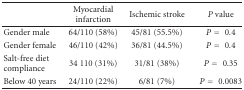
<table><thead><tr><td></td><td><b>Myocardial infarction</b></td><td><b>Ischemic stroke</b></td><td><b><i>P</i> value</b></td></tr></thead><tbody><tr><td>Gender male</td><td>64/110 (58%)</td><td>45/81 (55.5%)</td><td><i>P</i> = 0.4</td></tr><tr><td>Gender female</td><td>46/110 (42%)</td><td>36/81 (44.5%)</td><td><i>P</i> = 0.4</td></tr><tr><td>Salt-free diet compliance</td><td>34 110 (31%)</td><td>31/81 (38%)</td><td><i>P</i> = 0.35</td></tr><tr><td>Below 40 years</td><td>24/110 (22%)</td><td>6/81 (7%)</td><td><i>P</i> = 0.0083</td></tr></tbody></table>